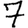
Digit: 7